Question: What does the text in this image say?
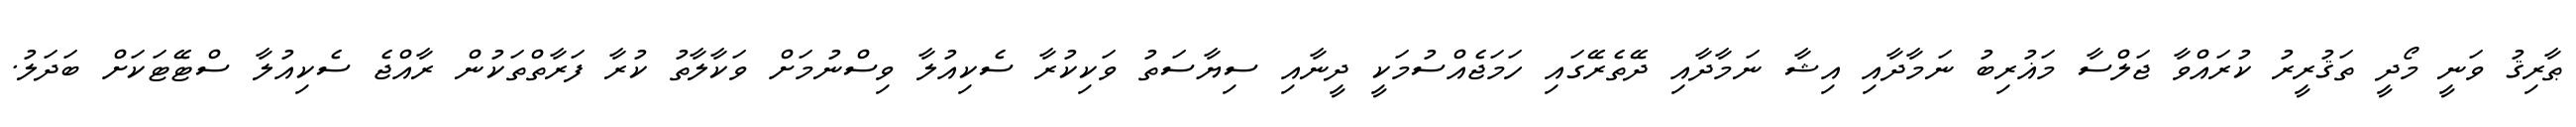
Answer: ޠާރިޤު ވަނީ މޯދީ ތަޤުރީރު ކުރައްވާ ޖަލްސާ މަޣުރިބު ނަމާދާއި އިޝާ ނަމާދާއި ދޭތެރޭގައި ހަމަޖެއްސުމަކީ ދީނާއި ސިޔާސަތު ވަކިކުރާ ސެކިއުލާ ވިސްނުމަށް ވަކާލާތު ކުރާ ފަރާތްތަކުން ރާއްޖެ ސެކިއުލާ ސްޓޭޓަކަށް ބަދަލު.